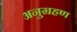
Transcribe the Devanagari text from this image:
अनुग्रहण